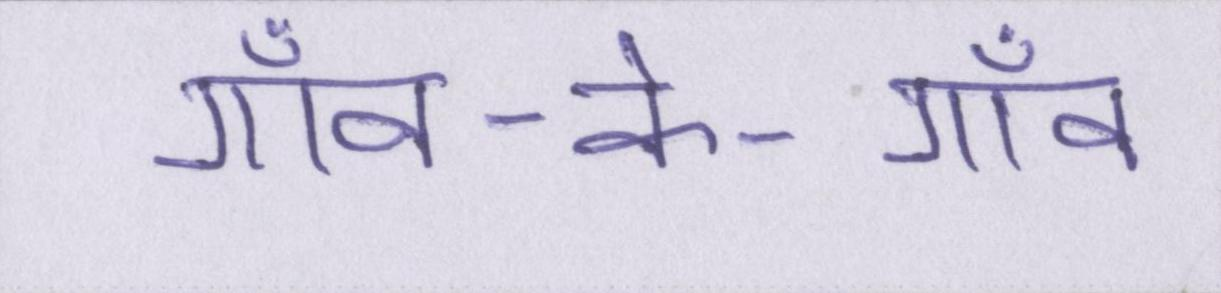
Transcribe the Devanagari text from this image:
गाँव-के-गाँव